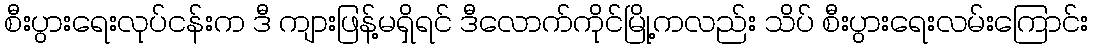
စီးပွားရေးလုပ်ငန်းက ဒီ ကျားဖြန့်မရှိရင် ဒီလောက်ကိုင်မြို့ကလည်း သိပ် စီးပွားရေးလမ်းကြောင်း